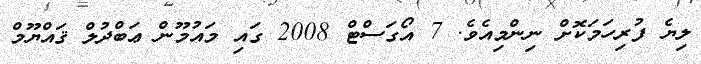
ލިޔެ ފުރިހަމަކޮށް ނިންމިއެވެ. 7 އޯގަސްޓް 2008 ގައި މައުމޫން ޢަބްދުލް ޤައްޔޫމް